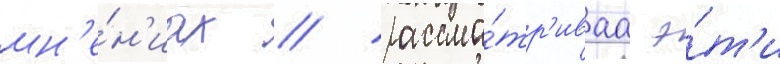
мн'е́н'иах / рассма́тр'иваа э́т'и